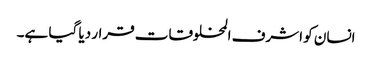
انسان کو اشرف المخلوقات قرار دیا گیا ہے۔